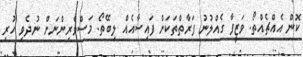
ކޮން އެއްޗެއްތޯ. ވަޒީފާ ގެއްލުނު ފަރާތްތަކަށް ފައިސާއެއް ލިބޭތޯ. މަސްވެރިންނަށް ނުދެވި ހުރި